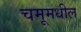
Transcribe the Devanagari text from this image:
चमूमधील